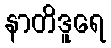
နာတိဒူရေ